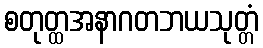
စတုတ္ထအနာဂတဘယသုတ္တံ